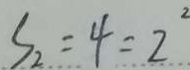
S _ { 2 } = 4 = 2 ^ { 2 }